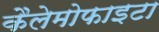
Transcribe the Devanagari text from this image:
कैलेमोफाइटा